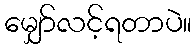
မျှော်လင့်ရတာပဲ။